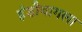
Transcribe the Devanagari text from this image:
हंडीबागला